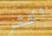
أكثر